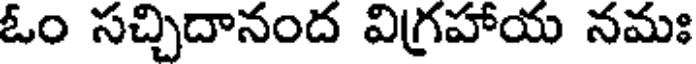
ఓం సచ్చిదానంద విగ్రహాయ నమః